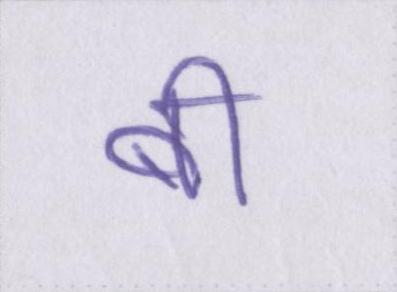
बी